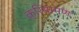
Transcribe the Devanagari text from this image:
क्रियामण